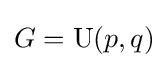
G={\text{U}}(p,q)